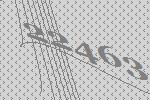
22463